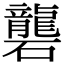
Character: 礱